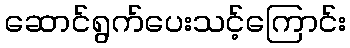
ဆောင်ရွက်ပေးသင့်ကြောင်း